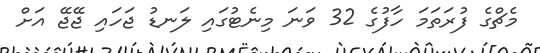
މެޗްގެ ފުރަތަމަ ހާފުގެ 32 ވަނަ މިނެޓުގައި ލަނޑު ޖަހައި ޖޭޖޭ އަށް